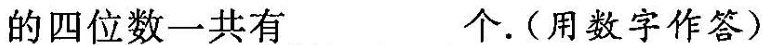
的四位数一共有___个。(用数字作答)